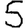
Digit: 5